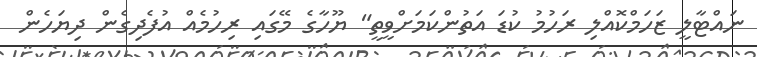
ނައްޓާލީ ޒަހަމްކޮއްލި ރަހުމު ކުޑަ އަތުންކަމަށްވީތީ" ޔޫހާގެ މޭގައި ރިހުމެއް އުފެދިގެން ދިޔަހެން